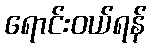
ရောင်းဝယ်ရန်